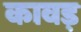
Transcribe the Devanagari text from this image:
कावड़